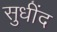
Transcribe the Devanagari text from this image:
सुधींद